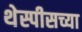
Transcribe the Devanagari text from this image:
थेस्पीसच्या